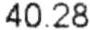
40.28